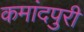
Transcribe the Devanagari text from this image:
कमांदपुरी